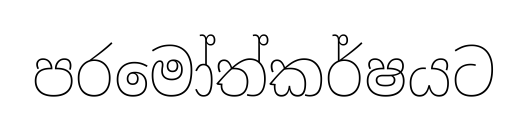
පරමෝත්කර්ෂයට